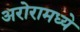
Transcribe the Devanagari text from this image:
अरोरामध्ये